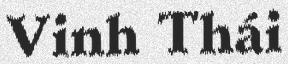
Vinh Thái